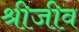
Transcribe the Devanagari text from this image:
श्रीजीव